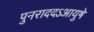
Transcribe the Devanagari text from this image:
पुनराददऽआयुषे